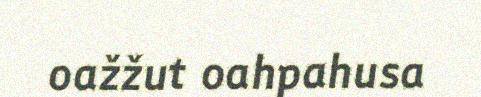
oažžut oahpahusa